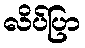
လိပ်ပြာ